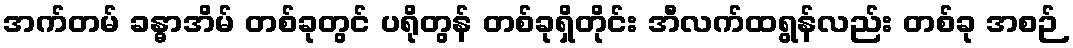
အက်တမ် ခန္ဓာအိမ် တစ်ခုတွင် ပရိုတွန် တစ်ခုရှိတိုင်း အီလက်ထရွန်လည်း တစ်ခု အစဉ်